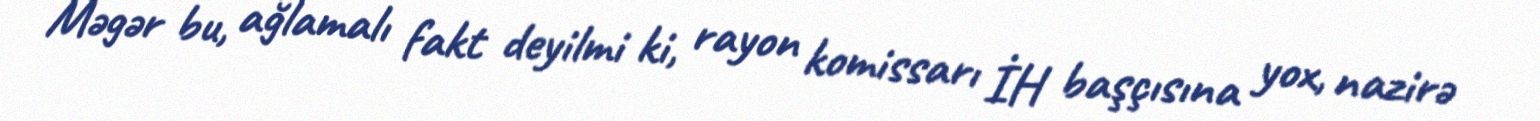
Məgər bu, ağlamalı fakt deyilmi ki, rayon komissarı İH başçısına yox, nazirə